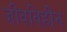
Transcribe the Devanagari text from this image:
जीवविहीन